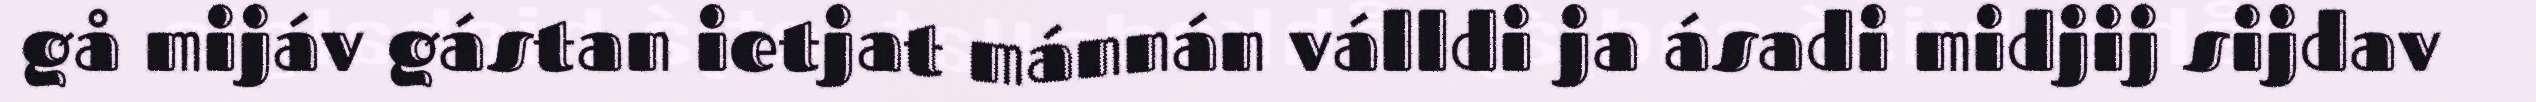
gå mijáv gástan ietjat mánnán válldi ja ásadi midjij sijdav